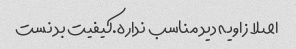
اصلا زاویه دید مناسب نداره.کیفیت بد نست